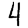
Digit: 4